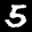
Label: 5